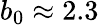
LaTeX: b_{0}\approx 2.3